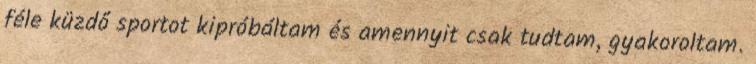
féle küzdő sportot kipróbáltam és amennyit csak tudtam, gyakoroltam.